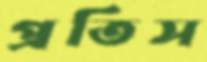
প্রতিস